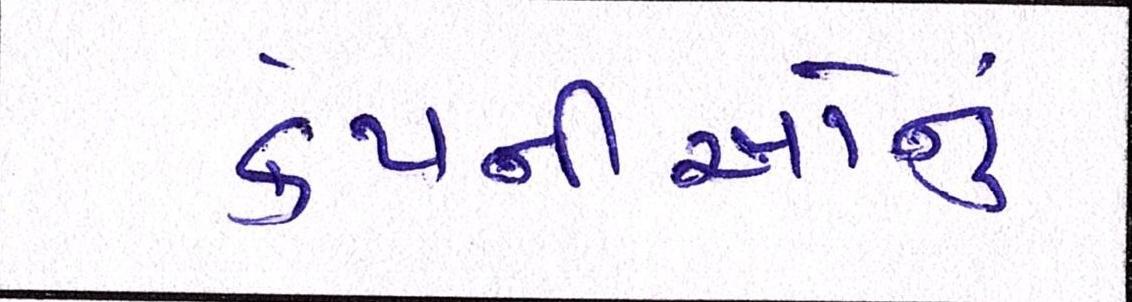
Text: કંપનીઓનું